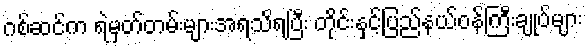
ဂစ်ဆင်က ရဲမှတ်တမ်းများအရသိရပြီး တိုင်းနှင့်ပြည်နယ်ဝန်ကြီးချုပ်များ